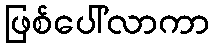
ဖြစ်ပေါ်လာကာ